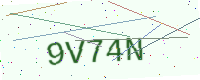
Text: 9V74N